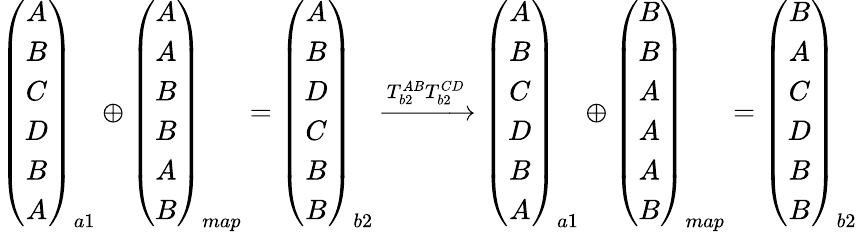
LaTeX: \begin{array}{r}{\left(\begin{array}{c}{A}\\ {B}\\ {C}\\ {D}\\ {B}\\ {A}\end{array}\right)_{a1}\oplus\left(\begin{array}{c}{A}\\ {A}\\ {B}\\ {B}\\ {A}\\ {B}\end{array}\right)_{map}=\left(\begin{array}{c}{A}\\ {B}\\ {D}\\ {C}\\ {B}\\ {B}\end{array}\right)_{b2}\xrightarrow[]{T_{b2}^{AB}T_{b2}^{CD}}\left(\begin{array}{c}{A}\\ {B}\\ {C}\\ {D}\\ {B}\\ {A}\end{array}\right)_{a1}\oplus\left(\begin{array}{c}{B}\\ {B}\\ {A}\\ {A}\\ {A}\\ {B}\end{array}\right)_{map}=\left(\begin{array}{c}{B}\\ {A}\\ {C}\\ {D}\\ {B}\\ {B}\end{array}\right)_{b2}}\end{array}